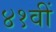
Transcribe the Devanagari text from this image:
४१वीं